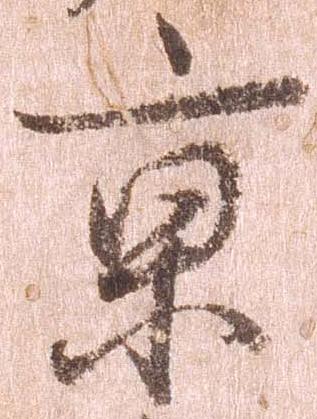
京